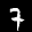
Label: 7